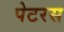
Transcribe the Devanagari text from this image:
पेटरस